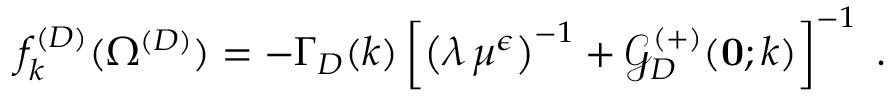
f _ { k } ^ { ( D ) } ( \Omega ^ { ( { D } ) } ) = - \Gamma _ { { D } } ( k ) \left[ \left( \lambda \, \mu ^ { \epsilon } \right) ^ { - 1 } + { \mathcal G } _ { { D } } ^ { ( + ) } ( { \bf 0 } ; k ) \right] ^ { - 1 } \; .